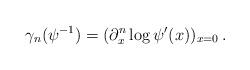
\begin{align*}\gamma_n (\psi^{-1})= (\partial_x^n \log \psi' (x))_{x=0} \, .\end{align*}